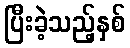
ပြီးခဲ့သည့်နှစ်